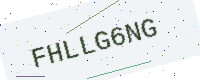
Text: FHLLG6NG